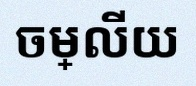
ចម្លើយ